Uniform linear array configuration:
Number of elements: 64
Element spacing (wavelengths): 0.5
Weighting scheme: hamming
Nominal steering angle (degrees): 45
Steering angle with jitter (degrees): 46.492
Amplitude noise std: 0.05
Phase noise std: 0.05

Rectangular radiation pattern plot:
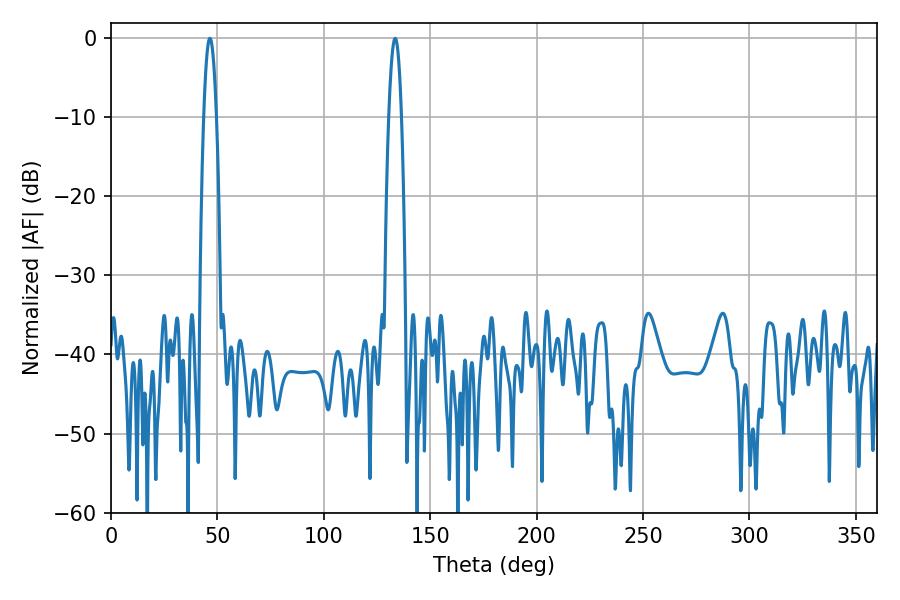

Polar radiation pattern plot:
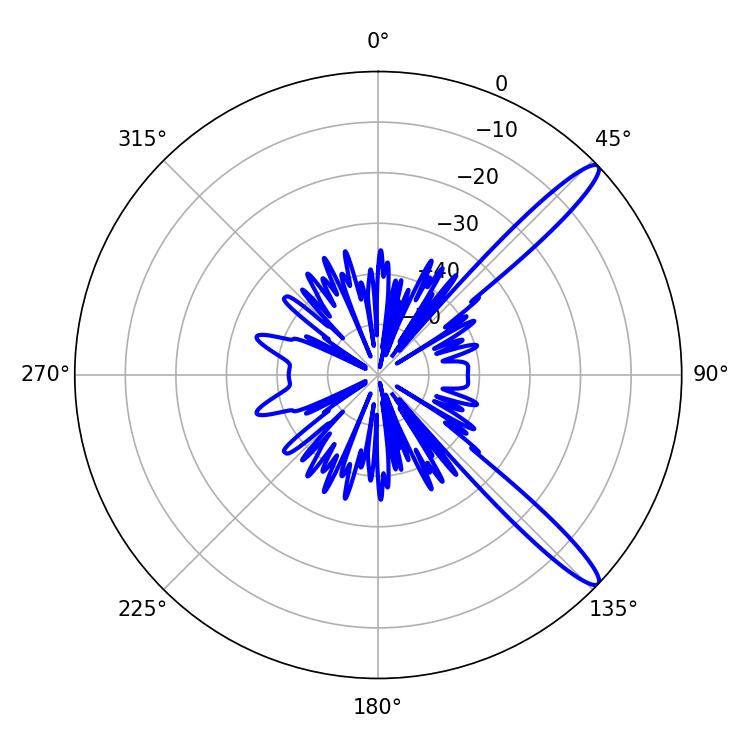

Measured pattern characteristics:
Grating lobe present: FALSE
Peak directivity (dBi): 13.442
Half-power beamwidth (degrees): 3.24
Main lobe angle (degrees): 46.44